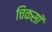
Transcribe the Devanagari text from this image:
चिकसॉ